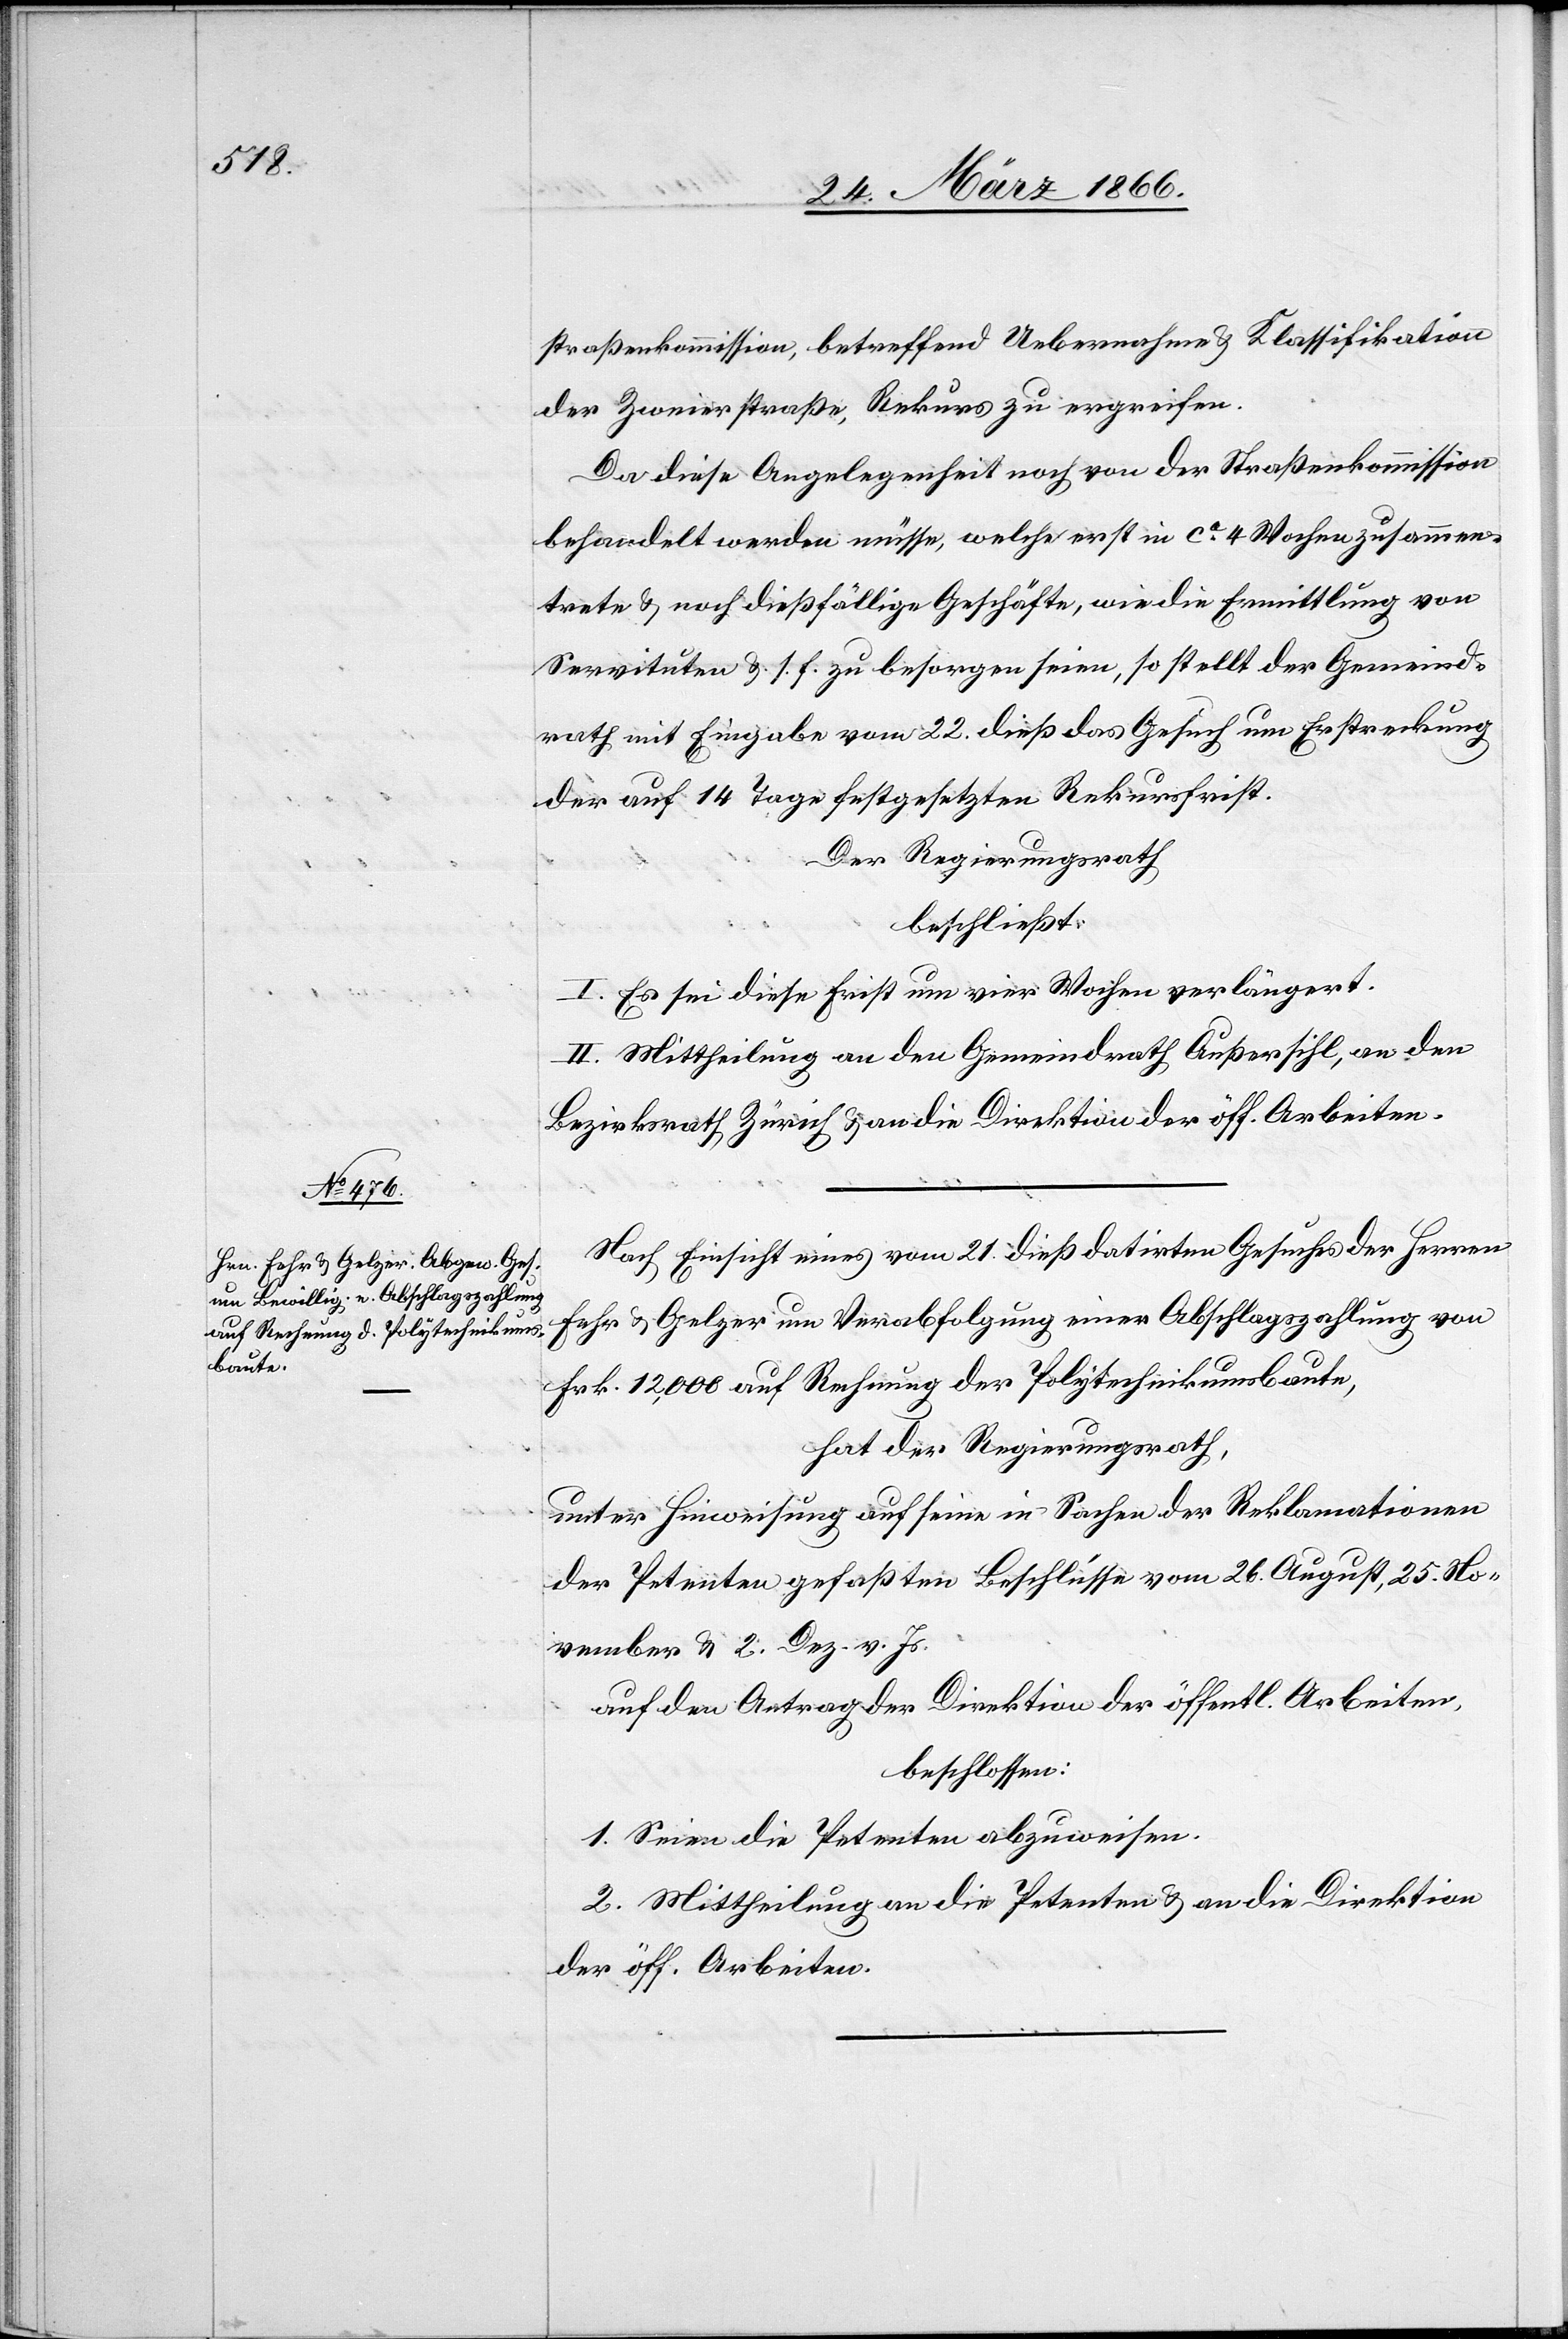
straßenkommission, betreffend Uebernahme u. Klassifikation
der Zweierstraße, Rekurs zu ergreifen.
Da diese Angelegenheit noch von der Straßenkommission
behandelt werden müsse, welche erst in ca. 4 Wochen zusammen¬
trete u. noch dießfällige Geschäfte, wie die Ermittlung von
Servituten u. s. f. zu besorgen seien, so stellt der Gemeind¬
rath mit Eingabe vom 22. dieß das Gesuch um Erstreckung
der auf 14 Tage festgesetzten Rekursfrist.
Der Regierungsrath
beschließt:
I. Es sei diese Frist um vier Wochen verlängert.
II. Mittheilung an den Gemeindrath Außersihl, an den
Bezirksrath Zürich u. an die Direktion der öff. Arbeiten.
Nach Einsicht eines vom 21. dieß datirten Gesuches der Herren
Fehr u. Gelzer um Verabfolgung einer Abschlagszahlung von
Frk. 12 000 auf Rechnung der Polytechnikumsbaute,
hat der Regierungsrath,
unter Hinweisung auf seine in Sachen der Reklamationen
der Petenten gefaßten Beschlüsse vom 26. August, 25. No¬
vember u. 2. Dez. v. Js.
auf den Antrag der Direktion der öffentl. Arbeiten,
beschlossen:
1. Seien die Petenten abzuweisen.
2. Mittheilung an die Petenten u. an die Direktion
der öff Arbeiten.